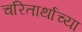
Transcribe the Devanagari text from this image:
चरितार्थाच्या